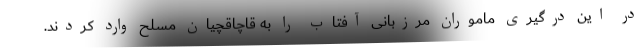
در این درگیری ماموران مرزبانی آفتاب را به قاچاقچیان مسلح وارد کردند.